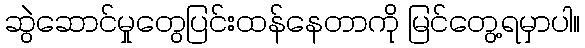
ဆွဲဲဆောင်မှုတွေပြင်းထန်နေတာကို မြင်တွေ့ရမှာပါ။